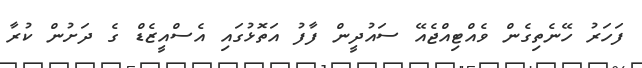
ފަހަރު ހޭނެތިގެން ވެއްޓިއްޖެއޭ ސައުދީން ފާފު އަތޮޅުގައި އެސްއީޒެޑް ގެ ދަށުން ކުރާ